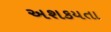
અશકયતા